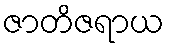
ဇာတိဇရာယ